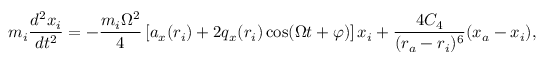
m _ { i } \frac { d ^ { 2 } x _ { i } } { d t ^ { 2 } } = - \frac { m _ { i } \Omega ^ { 2 } } { 4 } \left[ a _ { x } ( r _ { i } ) + 2 q _ { x } ( r _ { i } ) \cos ( \Omega t + \varphi ) \right] x _ { i } + \frac { 4 C _ { 4 } } { ( r _ { a } - r _ { i } ) ^ { 6 } } ( x _ { a } - x _ { i } ) ,